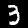
Label: 3